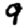
Digit: 9